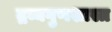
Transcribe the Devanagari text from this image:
द्रव्यगुणशास्त्र